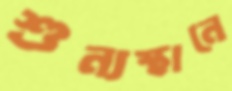
শুন্যস্থানে